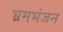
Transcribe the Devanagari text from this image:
भ्रमभंजन